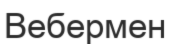
Вебермен